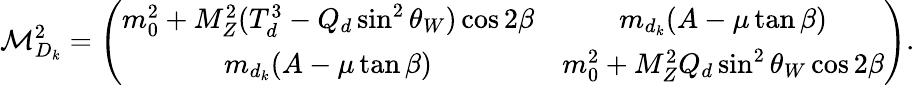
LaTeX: {\cal M}_{D_{k}}^{2}=\left(\begin{array}{cc}{{m_{0}^{2}+M_{Z}^{2}(T_{d}^{3}-Q_{d}\sin^{2}\theta_{W})\cos 2\beta}}&{{m_{d_{k}}(A-\mu\tan\beta)}}\\ {{m_{d_{k}}(A-\mu\tan\beta)}}&{{m_{0}^{2}+M_{Z}^{2}Q_{d}\sin^{2}\theta_{W}\cos 2\beta}}\end{array}\right).